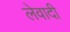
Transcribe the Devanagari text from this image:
लेवादी